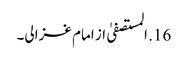
16. المستصفیٰ از امام غزالی۔